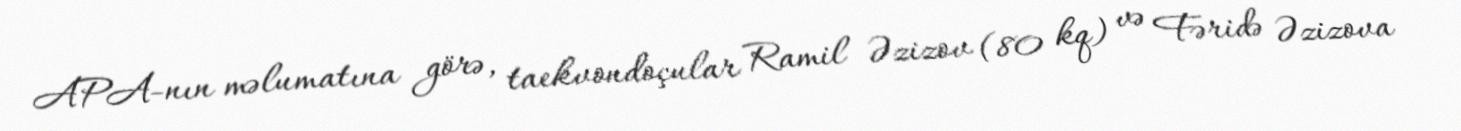
APA-nın məlumatına görə, taekvondoçular Ramil Əzizov (80 kq) və Fəridə Əzizova